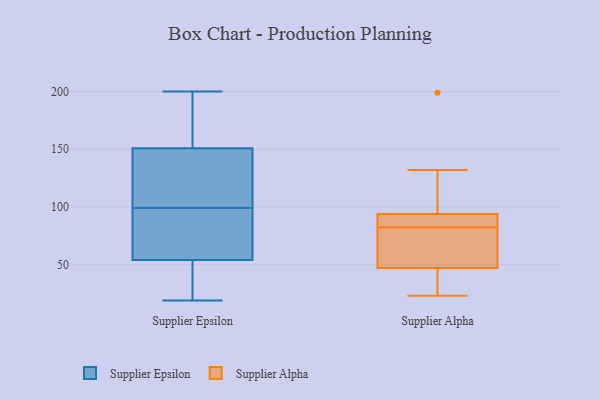
{"axis": {"x": "Operating Costs (USD K)", "y": "Value"}, "legend": ["Supplier Alpha", "Supplier Epsilon"], "data": [{"x": "", "y": 45, "type": "Supplier Epsilon"}, {"x": "", "y": 76, "type": "Supplier Epsilon"}, {"x": "", "y": 158, "type": "Supplier Epsilon"}, {"x": "", "y": 35, "type": "Supplier Epsilon"}, {"x": "", "y": 84, "type": "Supplier Epsilon"}, {"x": "", "y": 196, "type": "Supplier Epsilon"}, {"x": "", "y": 124, "type": "Supplier Epsilon"}, {"x": "", "y": 29, "type": "Supplier Epsilon"}, {"x": "", "y": 93, "type": "Supplier Epsilon"}, {"x": "", "y": 69, "type": "Supplier Epsilon"}, {"x": "", "y": 142, "type": "Supplier Epsilon"}, {"x": "", "y": 200, "type": "Supplier Epsilon"}, {"x": "", "y": 22, "type": "Supplier Epsilon"}, {"x": "", "y": 111, "type": "Supplier Epsilon"}, {"x": "", "y": 105, "type": "Supplier Epsilon"}, {"x": "", "y": 144, "type": "Supplier Epsilon"}, {"x": "", "y": 63, "type": "Supplier Epsilon"}, {"x": "", "y": 158, "type": "Supplier Epsilon"}, {"x": "", "y": 164, "type": "Supplier Epsilon"}, {"x": "", "y": 19, "type": "Supplier Epsilon"}, {"x": "", "y": 79, "type": "Supplier Alpha"}, {"x": "", "y": 36, "type": "Supplier Alpha"}, {"x": "", "y": 199, "type": "Supplier Alpha"}, {"x": "", "y": 86, "type": "Supplier Alpha"}, {"x": "", "y": 132, "type": "Supplier Alpha"}, {"x": "", "y": 88, "type": "Supplier Alpha"}, {"x": "", "y": 94, "type": "Supplier Alpha"}, {"x": "", "y": 48, "type": "Supplier Alpha"}, {"x": "", "y": 47, "type": "Supplier Alpha"}, {"x": "", "y": 23, "type": "Supplier Alpha"}]}